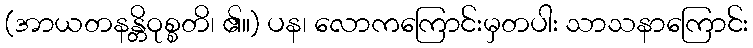
(အာယတနန္တိဝုစ္စတိ၊ ၏။) ပန၊ လောကကြောင်းမှတပါး သာသနာကြောင်း